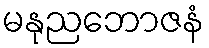
မနုညဘောဇနံ